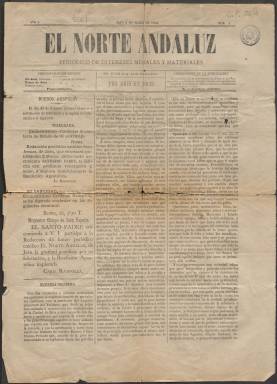
Título: El Norte andaluz
Colección: Periódicos
Ámbito geográfico: Jaén
Lugar de publicación: Jaén
Fechas: 02/03/1889-09/05/1891